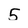
Character: 5